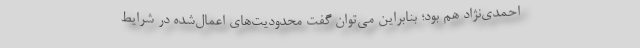
احمدی‌نژاد هم بود؛ بنابراین می‌توان گفت محدودیت‌های اعمال‌شده در شرایط